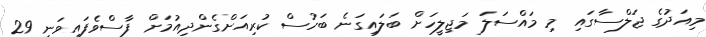
މިއަދުގެ ޖަލްސާގައި މި މައްސަލަ މަޖިލީހަށް ބަލައިގަނެ ބަހުސް ކުރިއަށްގެންދިއުމަށް ފާސްވެފައިވަނީ 29